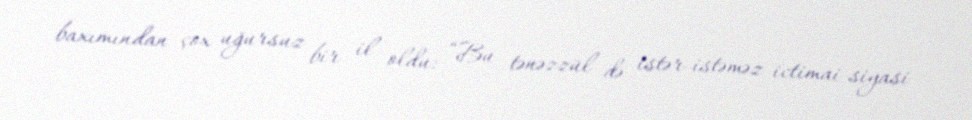
baxımından çox uğursuz bir il oldu: “Bu tənəzzül də istər-istəməz ictimai-siyasi